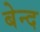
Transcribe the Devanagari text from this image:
बेन्द